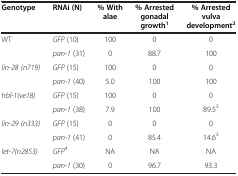
<table><thead><tr><td><b>Genotype</b></td><td><b>RNAi (N)</b></td><td><b>% With alae</b></td><td><b>% Arrested gonadal growth<sup>1</sup></b></td><td><b>% Arrested vulva development<sup>2</sup></b></td></tr></thead><tbody><tr><td>WT</td><td><i>GFP</i> (10)</td><td>100</td><td>0</td><td>0</td></tr><tr><td> </td><td><i>pan-1</i> (31)</td><td>0</td><td>88.7</td><td>100</td></tr><tr><td><i>lin-28 (n719)</i></td><td><i>GFP</i> (15)</td><td>100</td><td>0</td><td>0</td></tr><tr><td> </td><td><i>pan-1</i> (40)</td><td>5.0</td><td>100</td><td>100</td></tr><tr><td><i>hbl-1(ve18)</i></td><td><i>GFP</i> (15)</td><td>100</td><td>0</td><td>0</td></tr><tr><td> </td><td><i>pan-1</i> (38)</td><td>7.9</td><td>100</td><td>89.5<sup>3</sup></td></tr><tr><td><i>lin-29 (n333)</i></td><td><i>GFP</i> (15)</td><td>0</td><td>0</td><td>0</td></tr><tr><td> </td><td><i>pan-1</i> (41)</td><td>0</td><td>85.4</td><td>14.6<sup>3</sup></td></tr><tr><td><i>let-7(n2853)</i></td><td><i>GFP</i><sup>4</sup></td><td>NA</td><td>NA</td><td>NA</td></tr><tr><td> </td><td><i>pan-1</i> (30)</td><td>0</td><td>96.7</td><td>93.3</td></tr></tbody></table>